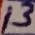
Text: 13